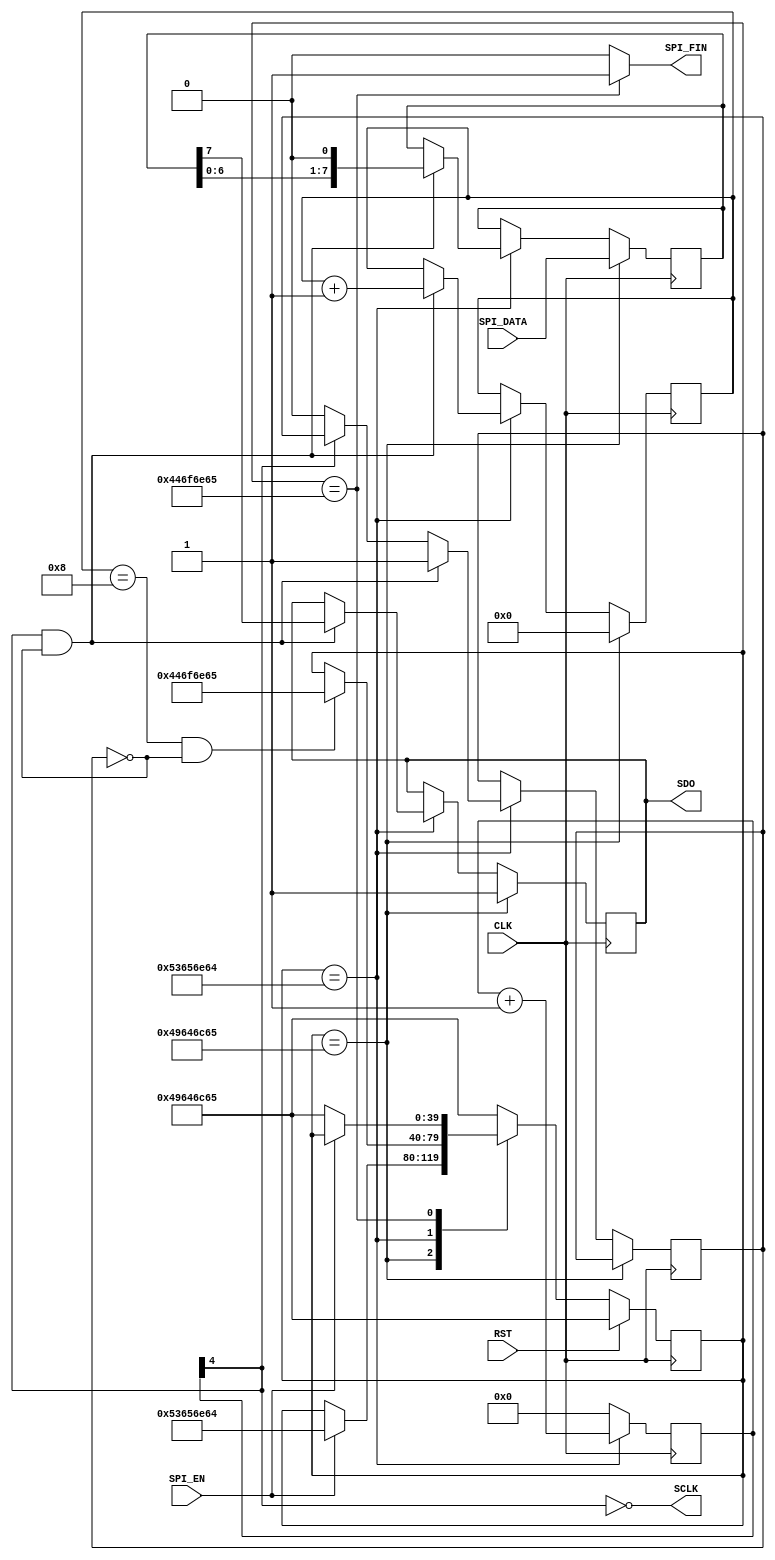
`timescale 1ns / 1ps
//////////////////////////////////////////////////////////////////////////////////
// 
//
// 
//									  
// 
// Module Name:    SpiCtrl 
// Project Name: 	 ZedboardOLED
// Target Devices: Zynq
// Tool versions:  Vivado 14.2 (64-bits)
// Description: Spi block that sends SPI data formatted SCLK active low with
//					 SDO changing on the falling edge
//
// Revision: 1.0 - SPI completed
// Revision 0.01 - File Created 
//
//////////////////////////////////////////////////////////////////////////////////
module SpiCtrl(
    CLK,
    RST,
    SPI_EN,
    SPI_DATA,
    SDO,
    SCLK,
    SPI_FIN
    );

	// ===========================================================================
	// 										Port Declarations
	// ===========================================================================
    input CLK;
    input RST;
    input SPI_EN;
    input [7:0] SPI_DATA;
    output SDO;
    output SCLK;
    output SPI_FIN;

	// ===========================================================================
	// 							  Parameters, Regsiters, and Wires
	// ===========================================================================
	wire  SDO, SCLK, SPI_FIN;

	reg [39:0] current_state = "Idle";		// Signal for state machine
	
	reg [7:0] shift_register = 8'h00;		// Shift register to shift out SPI_DATA saved when SPI_EN was set
	reg [3:0] shift_counter = 4'h0;			// Keeps track how many bits were sent
	wire clk_divided;						// Used as SCLK
	reg [4:0] counter = 5'b00000;				// Count clocks to be used to divide CLK
	reg temp_sdo = 1'b1;							// Tied to SDO
	
	reg falling = 1'b0;							// signal indicating that the clk has just fell

	// ===========================================================================
	// 										Implementation
	// ===========================================================================
	assign clk_divided = ~counter[4];
	assign SCLK = clk_divided;
	assign SDO = temp_sdo;
	
	assign SPI_FIN = (current_state == "Done") ? 1'b1 : 1'b0;
	
	//  State Machine
	always @(posedge CLK) begin
			if(RST == 1'b1) begin							// Synchronous RST
				current_state <= "Idle";
			end
			else begin
			
				case(current_state)

					// Wait for SPI_EN to go high
					"Idle" : begin
						if(SPI_EN == 1'b1) begin
							current_state <= "Send";
						end
					end

					// Start sending bits, transition out when all bits are sent and SCLK is high
					"Send" : begin
						if(shift_counter == 4'h8 && falling == 1'b0) begin
							current_state <= "Done";
						end
					end
					
					// Finish SPI transimission wait for SPI_EN to go low
					"Done" : begin
						if(SPI_EN == 1'b0) begin
							current_state <= "Idle";
						end
					end

					default : current_state <= "Idle";

				endcase
			end
	end
	//  End of State Machine

	
	//  Clock Divider
	always @(posedge CLK) begin
			//  start clock counter when in send state
			if(current_state == "Send") begin
				counter <= counter + 1'b1;
			end
			//  reset clock counter when not in send state
			else begin
				counter <= 5'b00000;
			end
	end
	//  End Clock Divider
	
	
	//  SPI_SEND_BYTE,  sends SPI data formatted SCLK active low with SDO changing on the falling edge
	always @(posedge CLK) begin
			if(current_state == "Idle") begin
					shift_counter <= 4'h0;
					// keeps placing SPI_DATA into shift_register so that when state goes to send it has the latest SPI_DATA
					shift_register <= SPI_DATA;
					temp_sdo <= 1'b1;
			end
			else if(current_state == "Send") begin
					//  if on the falling edge of Clk_divided
					if(clk_divided == 1'b0 && falling == 1'b0) begin
							//  Indicate that it is passed the falling edge
							falling <= 1'b1;
							// send out the MSB
							temp_sdo <= shift_register[7];
							//  Shift through SPI_DATA
							shift_register <= {shift_register[6:0],1'b0};
							//  Keep track of what bit it is on
							shift_counter <= shift_counter + 1'b1;
					end
					//  on SCLK high reset the falling flag
					else if(clk_divided == 1'b1) begin
						falling <= 1'b0;
					end
			end
	end

endmodule